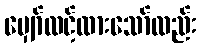
မျှော်လင့်ထားသော်လည်း